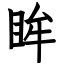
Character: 眸